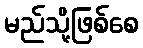
မည်သို့ဖြစ်စေ